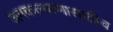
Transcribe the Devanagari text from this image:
जनकल्याणासाठीच